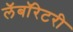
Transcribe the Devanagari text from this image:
लॅबॉरेटरी